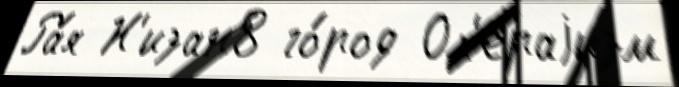
Ра́я Н'изан8 го́род Оп'ераjизм